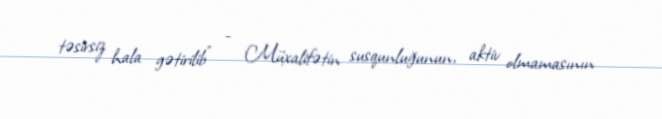
təsirsiz hala gətirilib” - Müxalifətin susqunluğunun, aktiv olmamasının